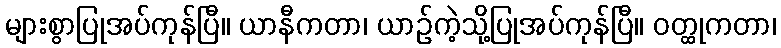
များစွာပြုအပ်ကုန်ပြီ။ ယာနီကတာ၊ ယာဉ်ကဲ့သို့ပြုအပ်ကုန်ပြီ။ ဝတ္ထုကတာ၊